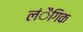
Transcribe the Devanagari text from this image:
लंैगिक